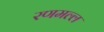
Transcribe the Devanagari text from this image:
रणमल्ल